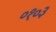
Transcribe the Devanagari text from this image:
०१०३